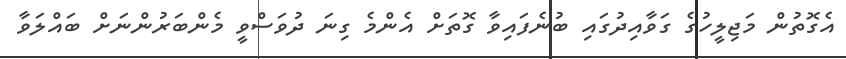
އެގޮތުން މަޖިލީހުގެ ގަވާއިދުގައި ބުނެފައިވާ ގޮތަށް އެންމެ ގިނަ ދުވަސްވީ މެންބަރުންނަށް ބައްލަވާ